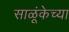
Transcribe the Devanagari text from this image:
साळूंकेच्या